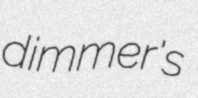
dimmer's